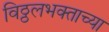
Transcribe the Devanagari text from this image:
विठ्ठलभक्ताच्या